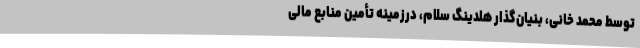
توسط محمد خانی، بنیان‌گذار هلدینگ سلام، درزمینه تأمین منابع مالی